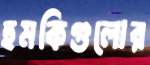
হুমকিগুলোর